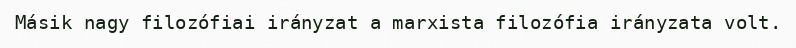
Másik nagy filozófiai irányzat a marxista filozófia irányzata volt.